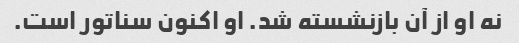
نه او از آن بازنشسته شد. او اکنون سناتور است.